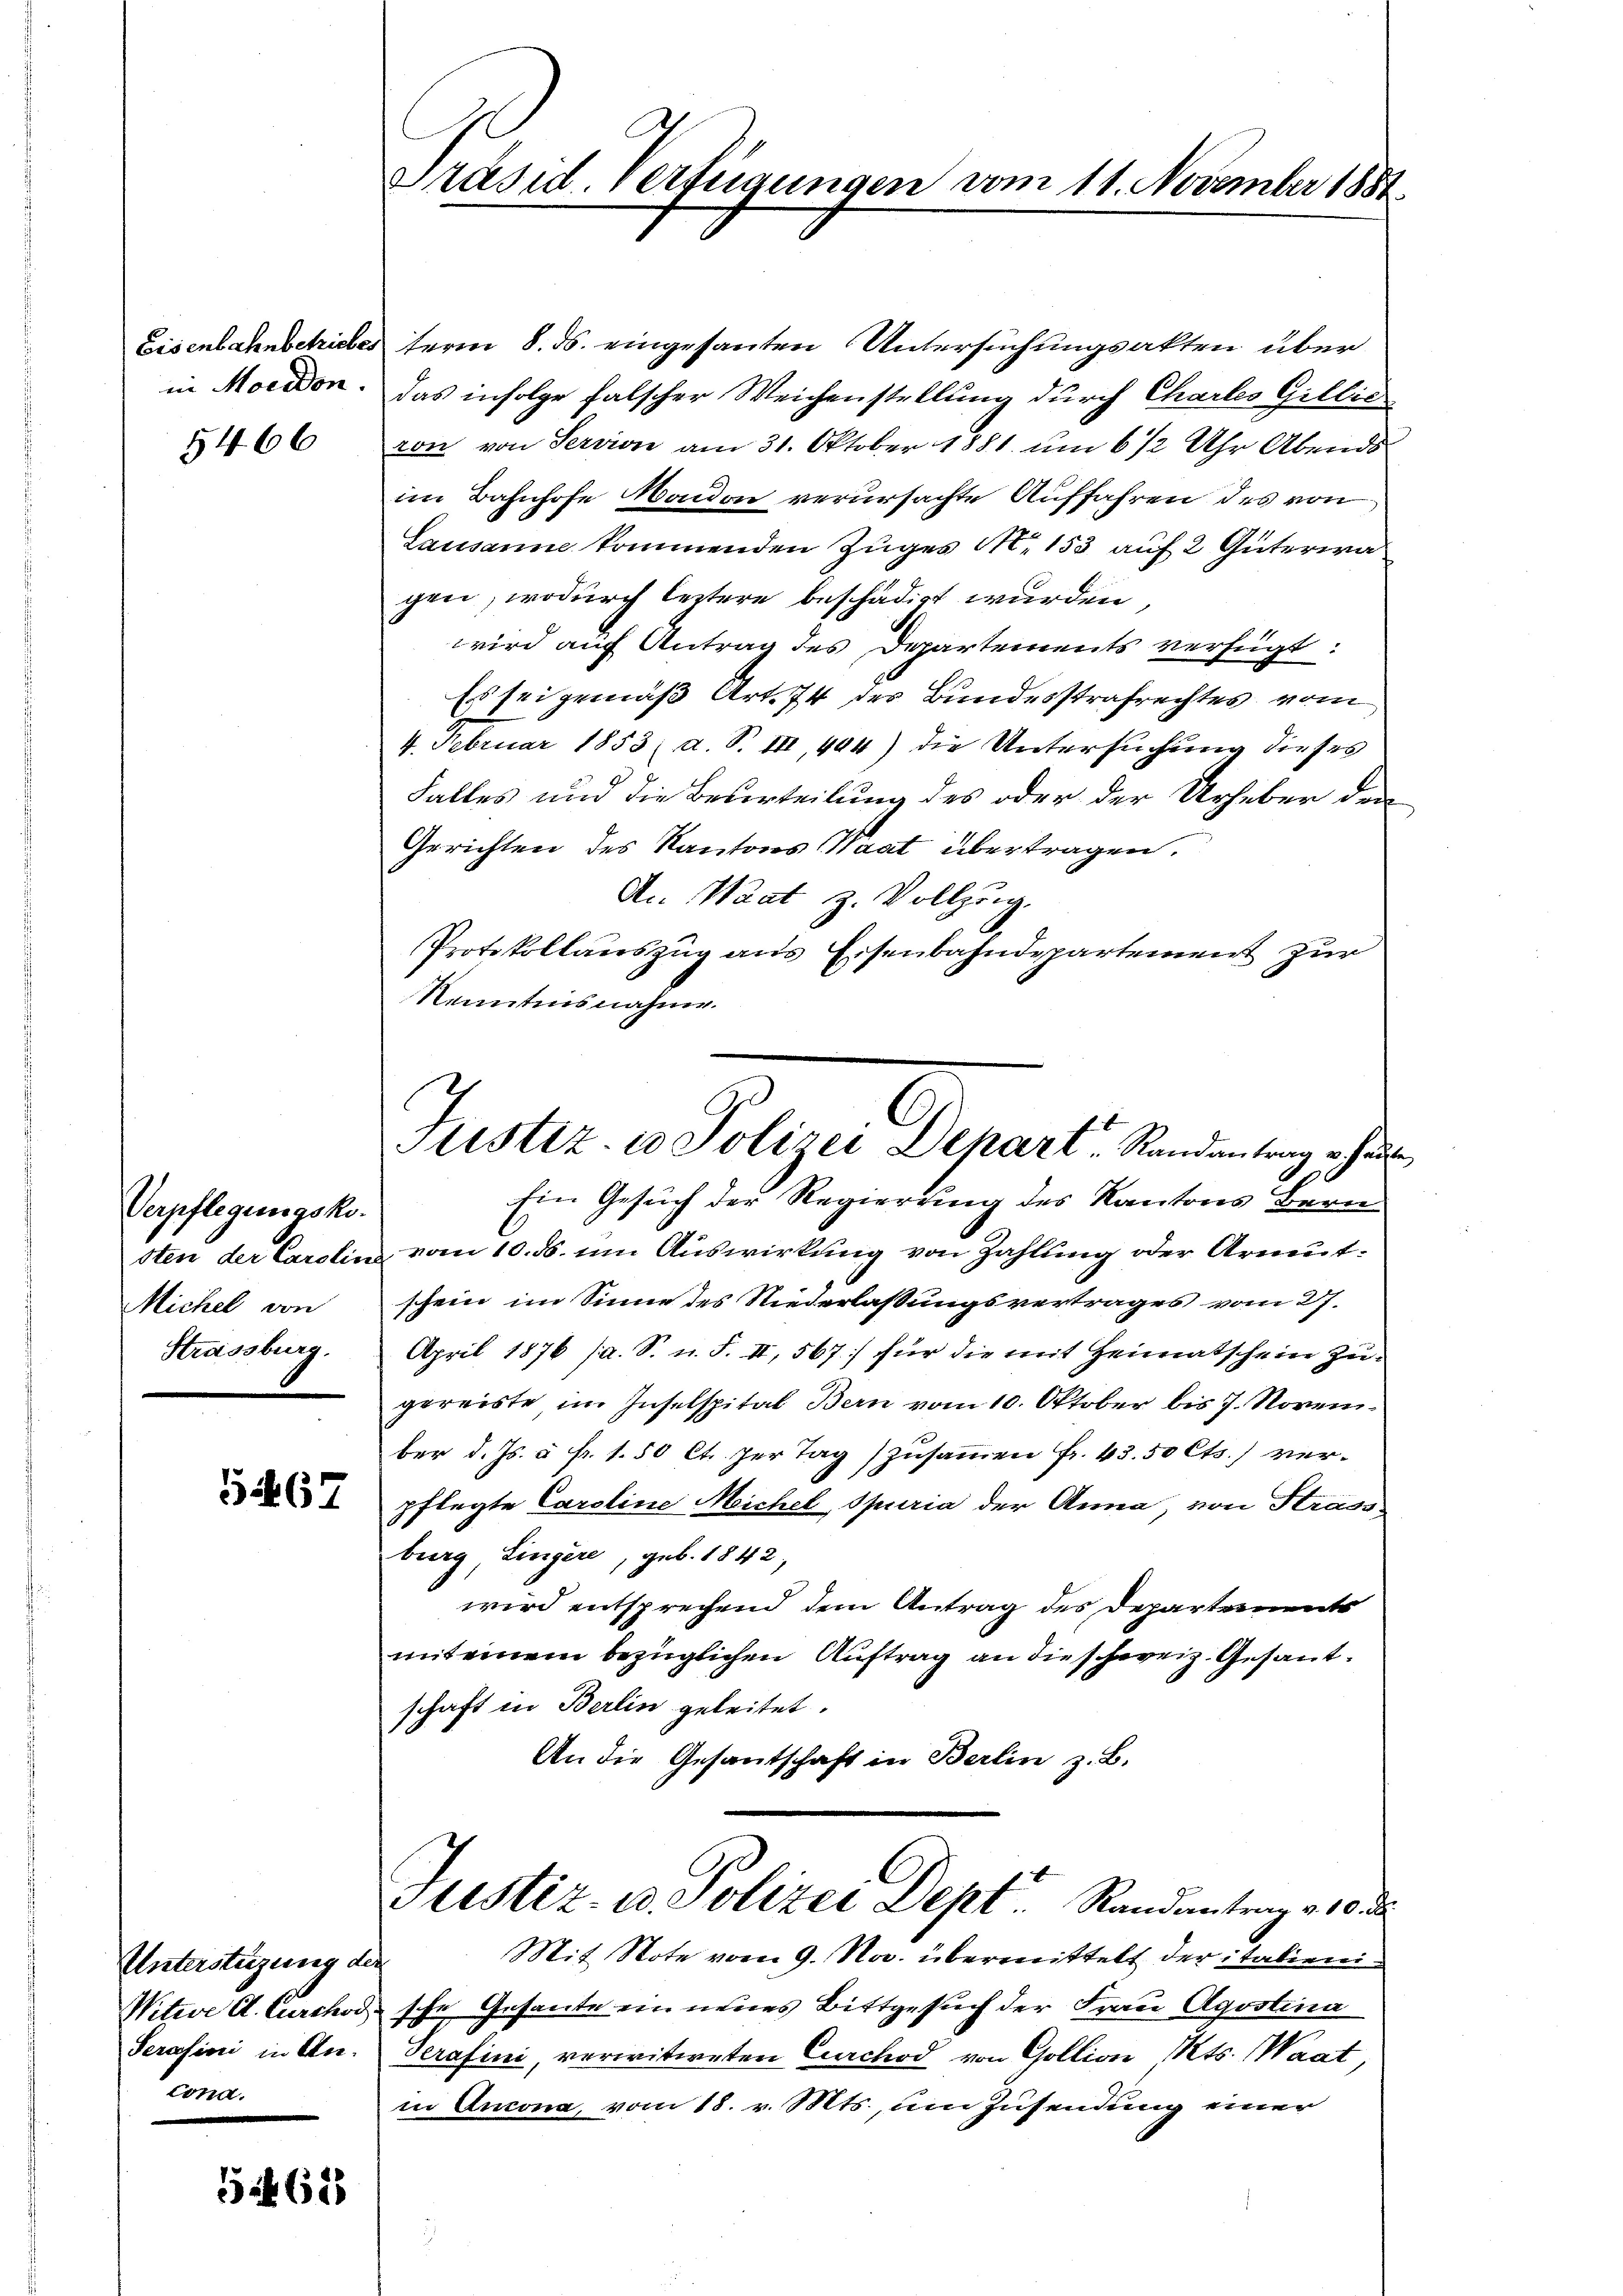
in Morden.

5466

Verpflegungskosten der Carolin
Michel von
Strassburg.

5467

Unterstüzung der
Witwe A. Curchod
Seratini in An-
t

144628

Präsid. Verfügungen vom 11. November 1881.

l
Justiz- u Polizei Dehart, Randantrag v. Haus

Eisenbahnbetriebes term 8. ds. eingesanten Untersuchungsakten über
das infolge falscher Weichenstellung durch Chartes Gillic
ron von Servion am 31. Oktober 1881 um 6 1/2 Uhr Abends
im Bahnhofe Mondon verursachte Auffahren des von
Lausanne kommenden Zuges M. 153 auf 2 Güterwa
gen, wodurch leitere beschädigt wurden
wird auf Antrag des Departements verfügt:
Es sei gemäß Art. 74 des Bundesstrafrechtes vom
4. Februar 1853, d. S. III, 444) die Untersuchung dieses
Falles und die Beurteilung des oder der Urheber den
Gerichten des Kantons Waat übertragen.
An Waat z. Vollzog.
Protokollauszug aus Eisenbahndepartement zur
Kenntnisnahme.
Ein Gesuch der Regierung des Kantons Bern
vom 10. ds. um Auswirkung von Zahlung der Armut-
schein im Sinne des Niederlaßungsvertrages vom 27.
April 1876 (a. S. n. F. II, 567] für die mit Heimatschein zugereiste im Inselspital Bern vom 10. Oktober bis 7. November d. Js. u. fr. 1.50 Ct. per Tag zusammen fr. 43. 50 Cts.) verpflegte Caroline Meichel, Spuria der Anna, von Strass
burg Lingere, geb. 1842,
wird entsprechend dem Antrag des Departements
mit einem bezüglichen Auftrag an die schweiz. Gesantschaft in Berlin geleitet.
An die Gesantschaft in Berlin z. B.
Justiz- u. Polizei Dept. Standentrag es be
Mit Note vom 9. Nov. übermittelt der italienische Gesante ein neues Bittgesuch der Frau Agostina
Serafini, verwitweten Curchod von Goltion Mts. (Waat
in Ancona, vom 18. v. Mts., um Zusendung einer